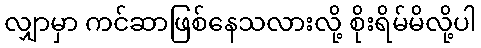
လျှာမှာ ကင်ဆာဖြစ်နေသလားလို့ စိုးရိမ်မိလို့ပါ